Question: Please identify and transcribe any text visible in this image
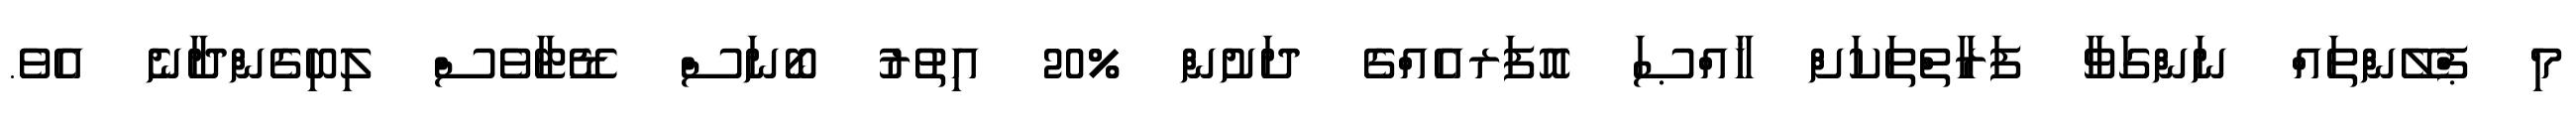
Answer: މި ޕްލޭންތައް ނަންގަވާ ފަރާތްތަކަށް ޚާއްޞަ އޮފަރއެއްގެ ދަށުން %20 އިތުރު ބޯނަސް ޑޭޓާވެސް ލިބިގެންދާނެ އެވެ.